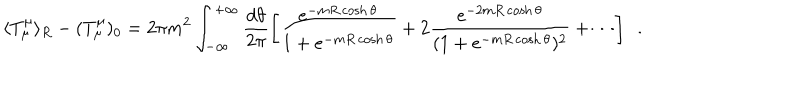
LaTeX: \langle T _ { \mu } ^ { \mu } \rangle _ { R } - ( T _ { \mu } ^ { \mu } ) _ { 0 } = 2 \pi m ^ { 2 } \int _ { - \infty } ^ { + \infty } \frac { d \theta } { 2 \pi } \left[ \frac { e ^ { - m R \cosh \theta } } { 1 + e ^ { - m R \cosh \theta } } + 2 \frac { e ^ { - 2 m R \cosh \theta } } { ( 1 + e ^ { - m R \cosh \theta } ) ^ { 2 } } + \cdots \right] \, \, \, .